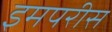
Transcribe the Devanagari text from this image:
इमपरीस